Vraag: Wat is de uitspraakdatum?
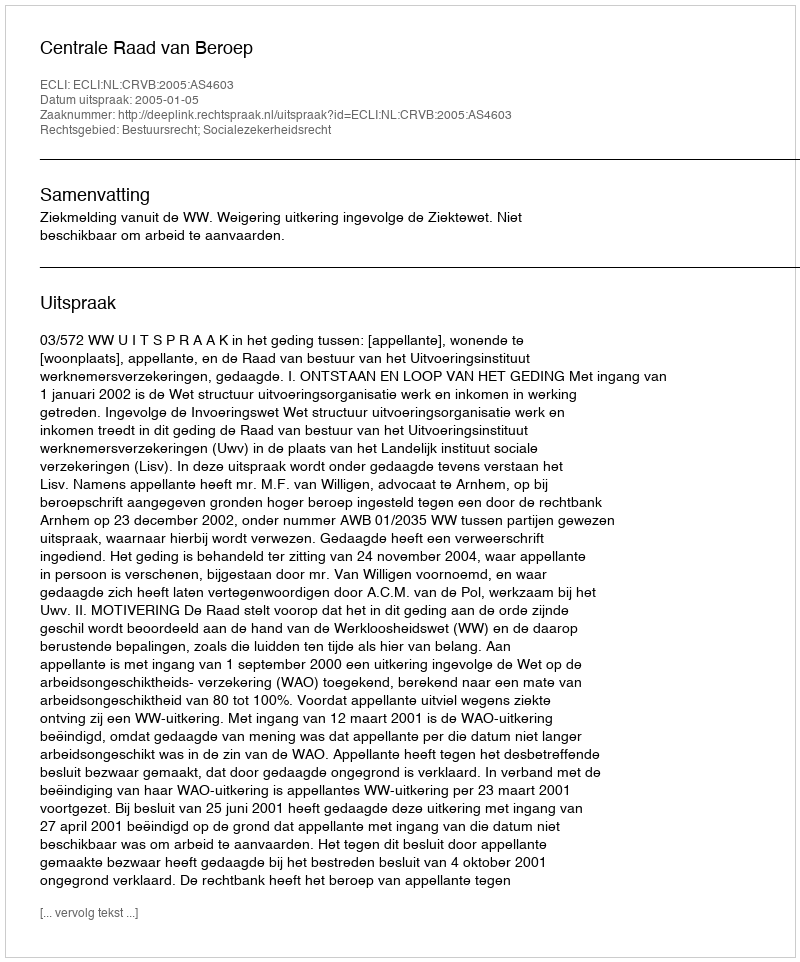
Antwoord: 2005-01-05